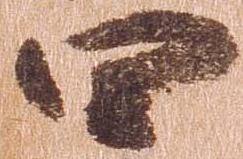
四